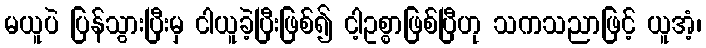
မယူပဲ ပြန်သွားပြီးမှ ငါယူခဲ့ပြီးဖြစ်၍ ငါ့ဥစ္စာဖြစ်ပြီဟု သကသညာဖြင့် ယူအံ့၊